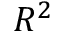
R ^ { 2 }